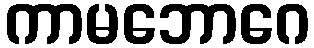
ကာမဘောဂေ